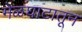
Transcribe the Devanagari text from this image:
मेळघाटातून